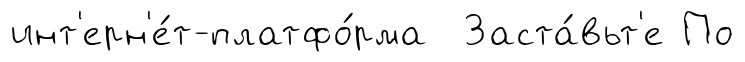
инт'ерн'е́т-платфо́рма Заста́вьт'е По